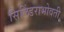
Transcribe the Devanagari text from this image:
सिलिंडराभोवती